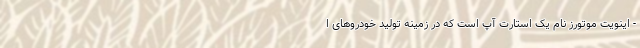
- اینویت موتورز نام یک استارت آپ است که در زمینه تولید خودروهای ا